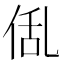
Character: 𠉗